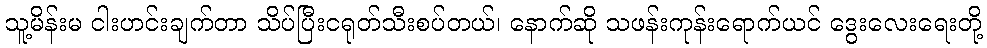
သူ့မိန်းမ ငါးဟင်းချက်တာ သိပ်ပြီးငရုတ်သီးစပ်တယ်၊ နောက်ဆို သဖန်းကုန်းရောက်ယင် ဒွေးလေးရေးတို့